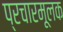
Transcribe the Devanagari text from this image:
प्रचारमूलक